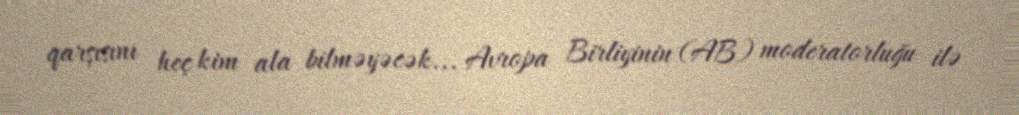
qarşısını heç kim ala bilməyəcək... Avropa Birliyinin (AB) moderatorluğu ilə